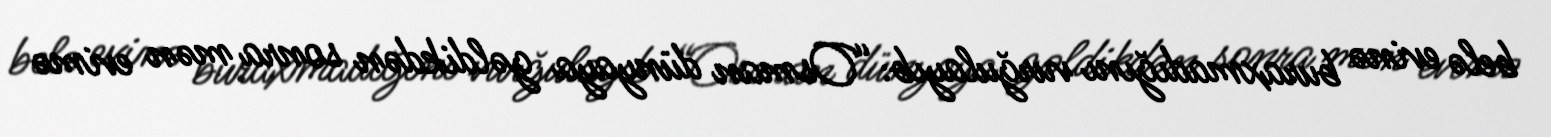
belə evinə buraxmadığını vurğulayıb: “Osman dünyaya gəldikdən sonra mən evimə